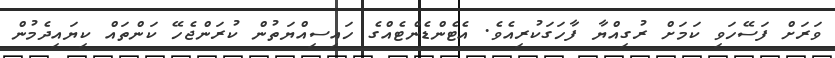
ވަރަށް ފަސޭހަވި ކަމަށް ރުގިއްޔާ ފާހަގަކުރިއެވެ. އެޓެންޑެންޓެއްގެ ހައިސިއްޔަތުން ކުރަންޖެހޭ ކަންތައް ކިޔައިދެމުން